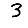
Digit: 3